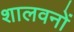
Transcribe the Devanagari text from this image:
शालवनों